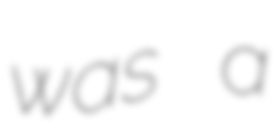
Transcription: was a